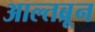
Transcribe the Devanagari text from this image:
आल्तब्रून